Report on the working of the Ranchi Indian Mental Hospital, Kanke, in Bihar and Orissa - 1930-1940
Year: 1930
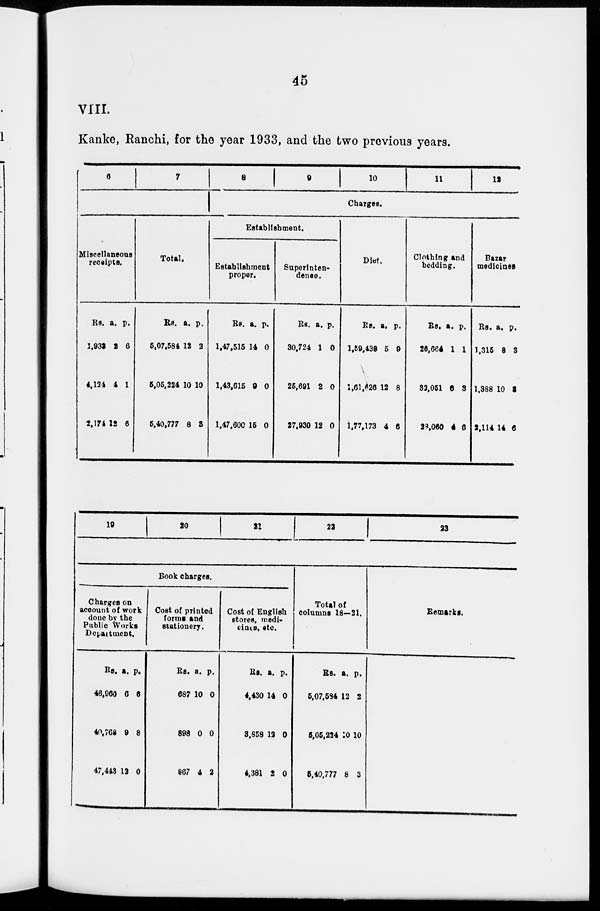
45
VIII.
Kanke, Ranchi, for the year 1933, and the two previous years.
6
7
Miscellaneous
receipts.
Rs.
1,932
4,124
2,174
a.
2
4
12
p.
6
1
6
Total.
Rs.
5,07,584
5,05,224
5,40,777
a.
12
10
8
p.
2
10
3
8
9
1 0 11
12
Charges.
Establishment.
Establishment
proper.
Rs.
1,47,515
1,43,615
1,47,600
a.
14
0
15
p.
0
0
0
Superinten-
dence.
Rs.
30,724
25,691
27,930
a.
1
2
12
p.
0
0
0
Diet.
Rs.
1,59,438
1,61,626
1,77,173
a.
5
12
4
p.
9
8
6
Clothing and
bedding.
Rs.
26,664
32,051
28,060
a.
1
6
4
p.
1
3
6
Bazar
medicines
Rs.
1,315
1,388
2,114
a.
8
10
14
p.
3
3
6
19
20
21
22
23
Book charges.
Charges on
account of work
done by the
Public Works
Department.
Rs.
46,966
40,768
47,443
a.
6
9
12
p.
6
8
0
Cost of printed
forms and
stationery.
Rs.
687
898
867
a.
10
0
4
p.
0
0
2
Cost of English
stores, medi-
cines, etc.
Rs.
4,430
3,858
4,381
a.
14
12
2
p.
0
0
0
Total of
columns 18—21.
Rs.
5,07,584
5,05,224
5,40,777
a.
12
10
8
p.
2
10
3
Remarks.